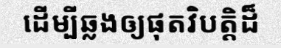
ដើម្បីឆ្លងឲ្យផុតវិបត្តិដ៏